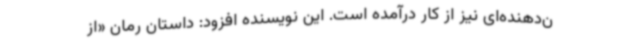
ن‌دهنده‌ای نیز از کار درآمده است. این نویسنده افزود: داستان رمان «از